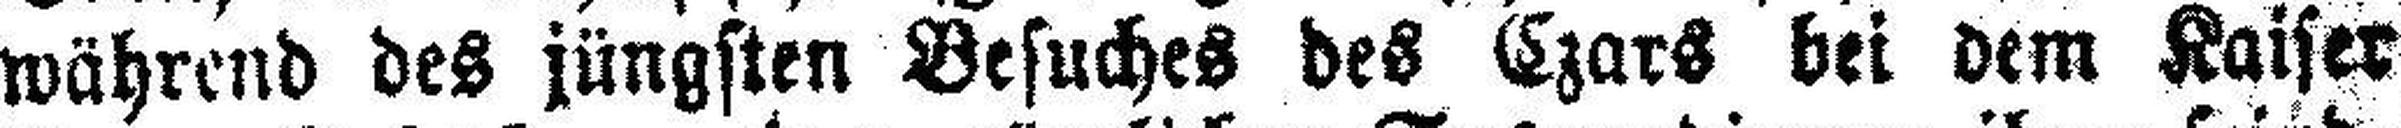
während des jüngsten Besuches des Czars bei dem Kaiser